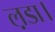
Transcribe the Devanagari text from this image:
ल़डा।